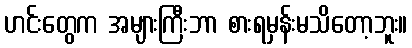
ဟင်းတွေက အများကြီးဘာ စားရမှန်းမသိတော့ဘူး။